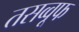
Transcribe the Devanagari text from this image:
तसव्वूफ